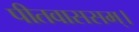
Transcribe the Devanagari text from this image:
पीतवाससम्‌।